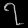
Digit: ၇